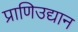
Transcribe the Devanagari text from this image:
प्राणिउद्यान